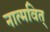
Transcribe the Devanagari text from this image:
नात्मवित्‌